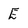
Character: E